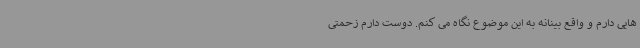
هایی دارم و واقع بینانه به این موضوع نگاه می کنم. دوست دارم زحمتی